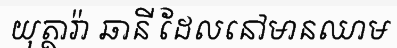
យុត្ថារ៉ា ឆានី ដែលនៅមានឈាម